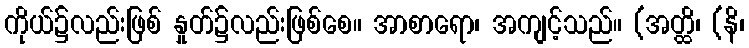
ကိုယ်၌လည်းဖြစ် နှုတ်၌လည်းဖြစ်စေ။ အာစာရော၊ အကျင့်သည်။ (အတ္ထိ၊ (နိ၊